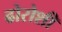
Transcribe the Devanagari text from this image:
ढोरोशी